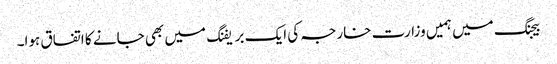
بیجنگ میں ہمیں وزارت خارجہ کی ایک بریفنگ میں بھی جانے کا اتفاق ہوا۔